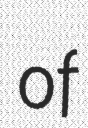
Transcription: of